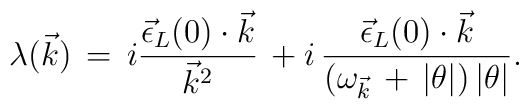
\lambda(\vec{k})\,=\,i \frac{{\vec{\epsilon}}_{L}(0)\cdot \vec{k}} {{\vec{k}}^{2}}\,+i\,\frac{{\vec{\epsilon}}_{L}(0)\cdot \vec{k} }{(\omega_{\vec{k}}\,+\,|\theta|)\,|\theta| }.